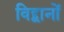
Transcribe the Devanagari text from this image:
विद्द्वानों